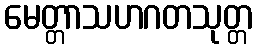
မေတ္တာသဟဂတသုတ္တ